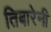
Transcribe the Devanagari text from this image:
तिबारेनी